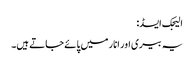
الیجک ایسڈ:
یہ بیری اور انار میں پائے جاتے ہیں۔